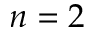
n = 2